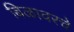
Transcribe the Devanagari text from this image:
बिळावरचे